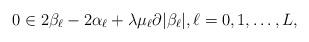
LaTeX: \begin{align*}0\in2\beta_{\ell}-2\alpha_{\ell}+\lambda\mu_{\ell}\partial|\beta_{\ell}|,\ell=0,1,\ldots,L,\end{align*}